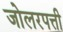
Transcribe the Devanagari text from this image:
जोलरपत्ती